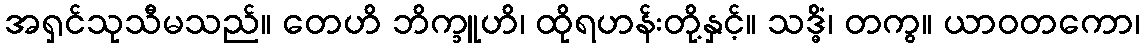
အရှင်သုသီမသည်။ တေဟိ ဘိက္ခူဟိ၊ ထိုရဟန်းတို့နှင့်။ သဒ္ဓိံ၊ တကွ။ ယာဝတကော၊